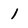
Character: 1